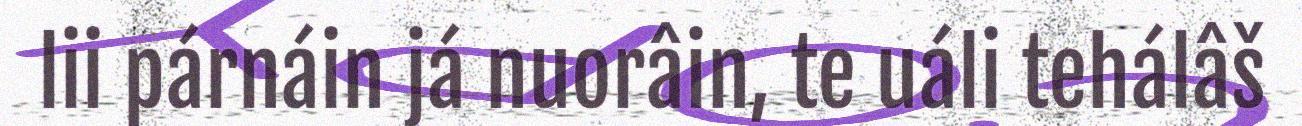
lii párnáin já nuorâin, te uáli tehálâš